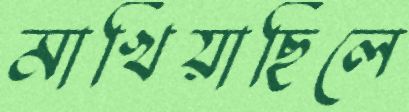
মাখিয়াছিলে